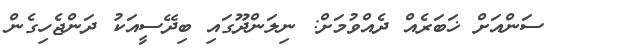
ސަންއަށް ޚަބަރެއް ދެއްވުމަށް: ނިލަންދޫގައި ބިދޭސީއަކު ދަންޖެހިގެން